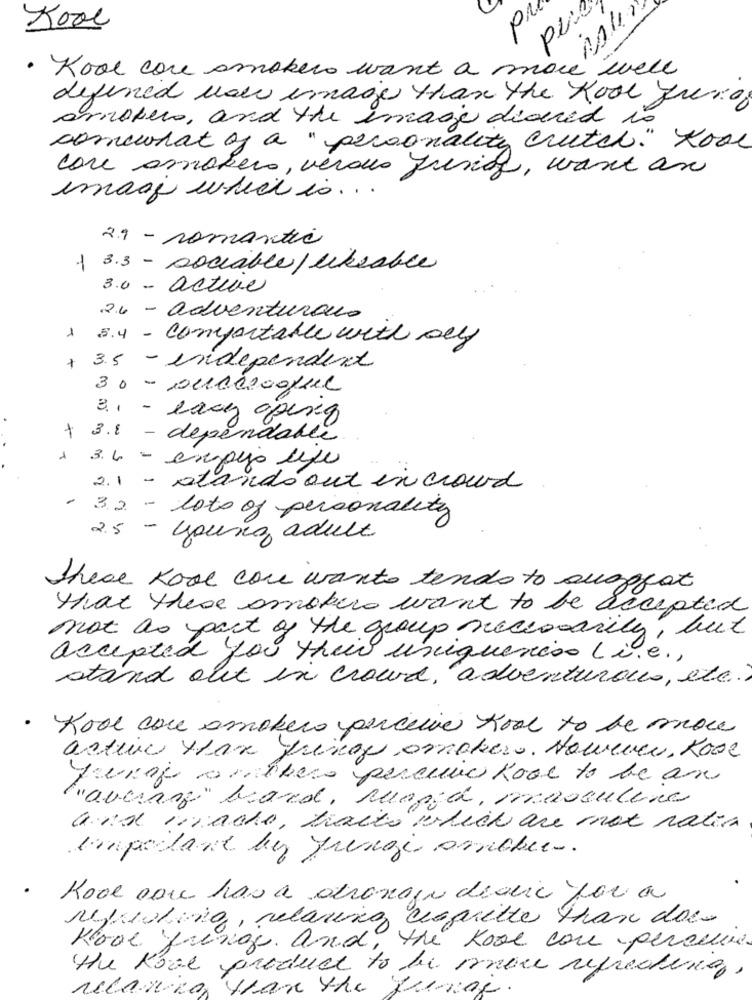
pre
Kool
. Kool core smokers want a m! IPI
well
defined wow image than the Kool Juros
arnobers, and the image dedered is
comeurat of a "personality crutch." tool
core amokers, verdes Jurig, want an
image which is ...
29 - romantic
1 3.3 - sociable/ likeable
3.0 - active
26 - adventuraro
1 5.4 - Comfortable with sey
+ 3.5 - independent
3.1 - lacz opeseg
+
3.8 - dependable
+ 36 - espejo lejo
2.1 - atando out in crowd
32 - lots of personality
2.5
- young adult
These Kool core wants tends to suggest
that these smokers want to be accepted
not as part of the group necessarily, but
accepted you their uniqueness (i.e .,
stand out in crowd, adventurous, etc .?
Kool care smokers perceive tool to be more
aster than fringe amakers. However, Rose
Juraj writers percuic Kool to be an
"'average" bard, rugged, massulene
and inradio, traits which are not nalia
impactant by frage amichee.
Kool car has a drongen dedic for a
refreshing, relaxing caprette than do.
Kool fring. and, the Kool cor perseve.
the Root product to be more refreding,
recanto than the Junge